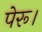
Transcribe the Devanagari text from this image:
पेरू।